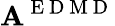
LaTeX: \mathbf{A}^{\mathrm{~E~D~M~D~}}